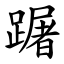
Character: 䠧